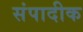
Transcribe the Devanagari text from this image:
संपादीक